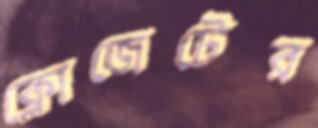
ক্লোজেটের